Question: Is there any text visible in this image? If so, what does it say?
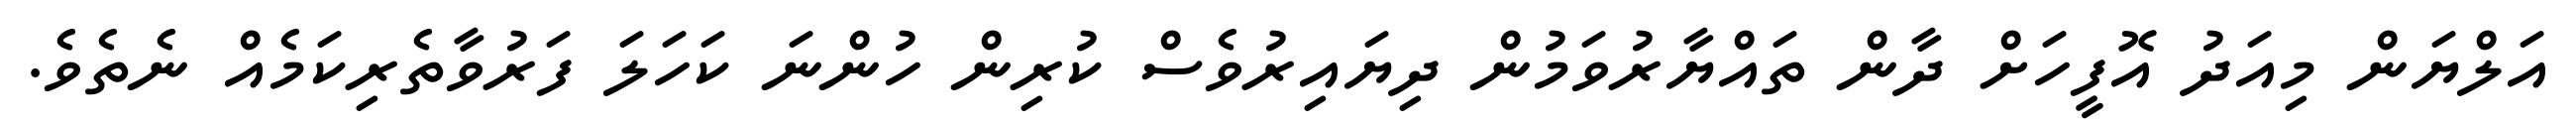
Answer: އަލްޔަން މިއަދު އޮފީހަށް ދާން ތައްޔާރުވަމުން ދިޔައިރުވެސް ކުރިން ހުންނަ ކަހަލަ ފަރުވާތެރިކަމެއް ނެތެވެ.